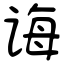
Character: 诲